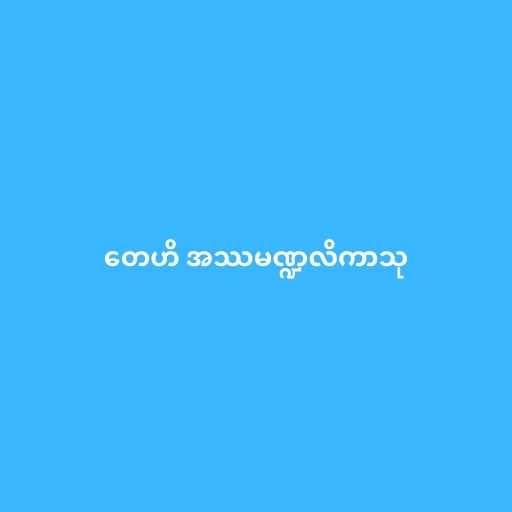
တေဟိ အဿမဏ္ဍလိကာသု